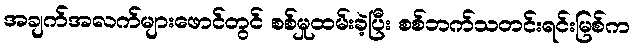
အချက်အလက်များဖောင်တွင် စစ်မှုထမ်းခဲ့ပြီး စစ်ဘက်သတင်းရင်းမြစ်က